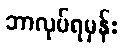
ဘာလုပ်ရမှန်း